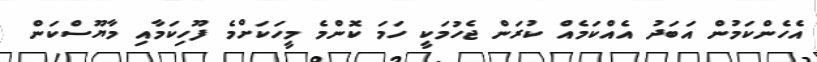
އެހެންކަމުން އަބަދު އެއްކަމެއް ކުރަން ޖެހުމަކީ ހަމަ ކޮންމެ މީހަކަށްމެ ފޫހިކަމާއި މާޔޫސްކަން